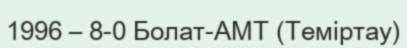
1996 – 8-0 Болат-АМТ (Теміртау)